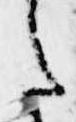
た